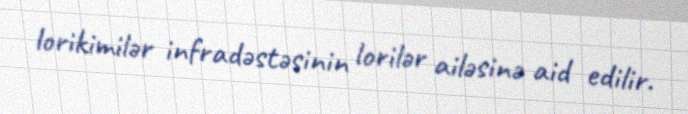
lorikimilər infradəstəsinin lorilər ailəsinə aid edilir.